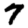
Digit: 7